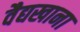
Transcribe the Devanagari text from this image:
वैद्यखाना